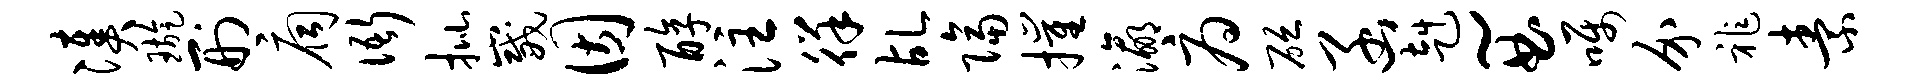
凑璇刑扃衙批崴因醇注徉乩隔摧瀛府砭函赳~曲嘱介祚素